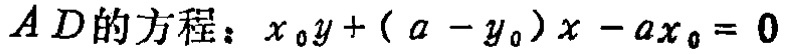
\(AD的方程：x_{0}y+(a - y_{0})x - ax_{0}=0\)